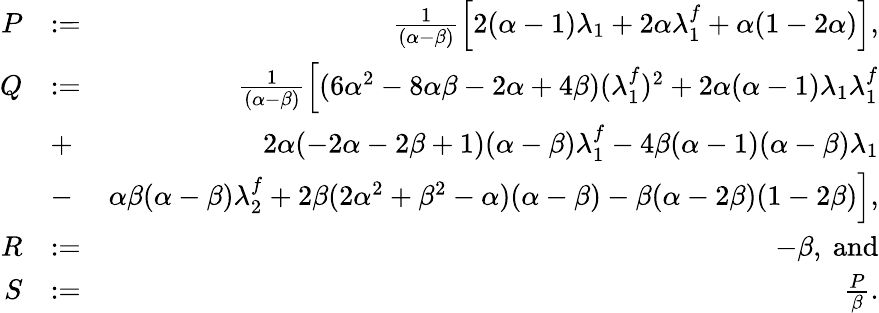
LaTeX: \begin{array}{rlr}{P}&{:=}&{\frac{1}{(\alpha-\beta)}\left[2(\alpha-1)\lambda_{1}+2\alpha\lambda_{1}^{f}+\alpha(1-2\alpha)\right],}\\ {Q}&{:=}&{\frac{1}{(\alpha-\beta)}\left[(6\alpha^{2}-8\alpha\beta-2\alpha+4\beta)(\lambda_{1}^{f})^{2}+2\alpha(\alpha-1)\lambda_{1}\lambda_{1}^{f}\right.}\\ &{+}&{\left.2\alpha(-2\alpha-2\beta+1)(\alpha-\beta)\lambda_{1}^{f}-4\beta(\alpha-1)(\alpha-\beta)\lambda_{1}\right.}\\ &{-}&{\left.\alpha\beta(\alpha-\beta)\lambda_{2}^{f}+2\beta(2\alpha^{2}+\beta^{2}-\alpha)(\alpha-\beta)-\beta(\alpha-2\beta)(1-2\beta)\right],}\\ {R}&{:=}&{-\beta,\mathrm{~and}}\\ {S}&{:=}&{\frac{P}{\beta}.}\end{array}